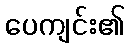
ပေကျင်း၏